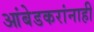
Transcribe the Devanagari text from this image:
आंबेडकरांनाही